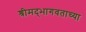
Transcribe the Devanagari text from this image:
श्रीमद्‍भागवताच्या